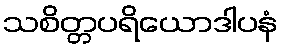
သစိတ္တပရိယောဒါပနံ